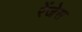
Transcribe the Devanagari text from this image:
रेंजेस